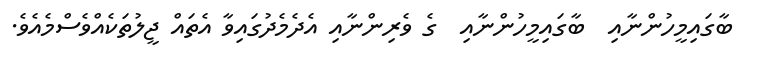
ބާގައިމީހުންނާއި  ބާގައިމީހުންނާއި  ގެ ވެރިންނާއި އެދެމެދުގައިވާ އެތައް ޖީލުތަކެއްވެސްމެއެވެ.